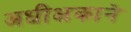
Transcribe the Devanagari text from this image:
अधीक्षकाने